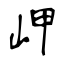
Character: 岬